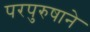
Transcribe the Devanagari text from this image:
परपुरुषाने